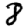
Digit: 8